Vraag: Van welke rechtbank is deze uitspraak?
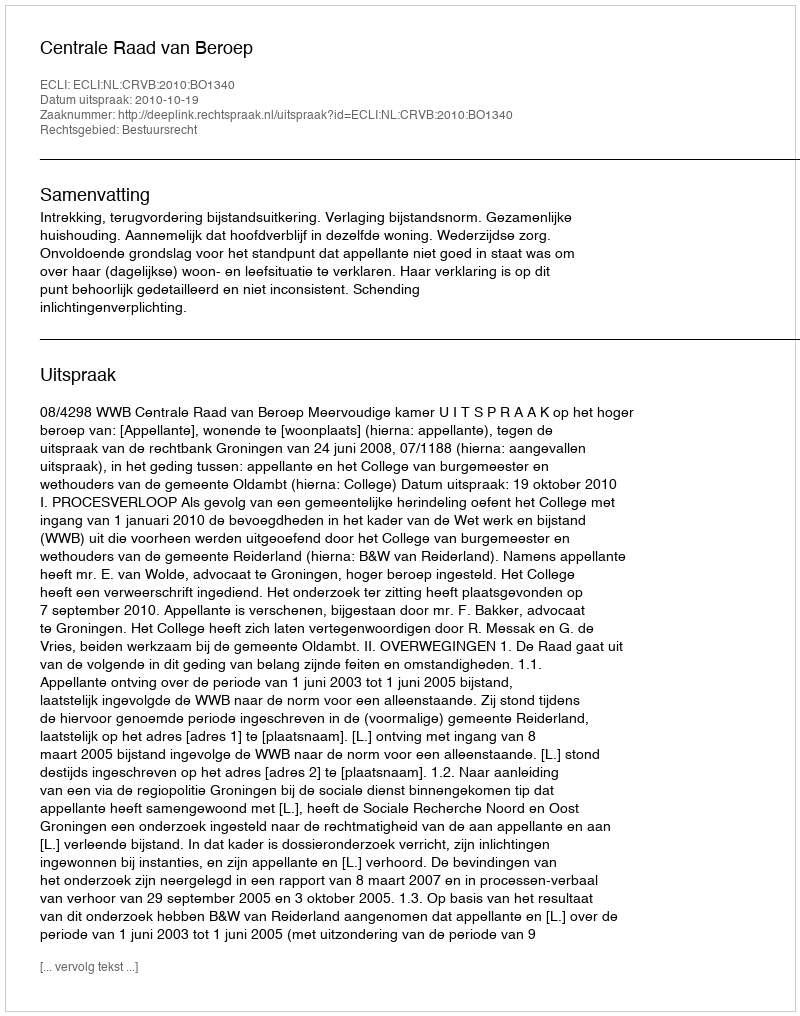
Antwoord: Centrale Raad van Beroep